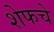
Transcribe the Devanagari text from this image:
शेफचे